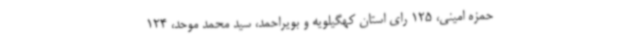
حمزه امینی، 125 رای استان کهگیلویه و بویراحمد، سید محمد موحد، 124